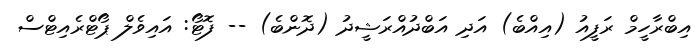
އިބްރާހީމް ރަފީއު (އިއްބެ) އަދި އަބްދުއްރަޝީދު (ދޮންބެ) -- ފޮޓޯ: އައިވެލް ޕޯޓްރެއިޓްސް